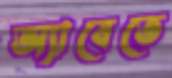
অ্যাবেতে